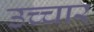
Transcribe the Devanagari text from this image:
उच्‍चार